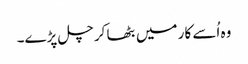
وہ اُسے کار میں بٹھا کر چل پڑے۔